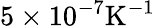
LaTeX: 5\times 10^{-7}\mathrm{K^{-1}}